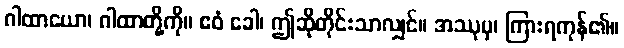
ဂါထာယော၊ ဂါထာတို့ကို။ ဧဝံ ခေါ၊ ဤဆိုတိုင်းသာလျှင်။ အဿုမှ၊ ကြားရကုန်၏။